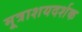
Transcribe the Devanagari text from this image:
मूत्राशयदर्शक